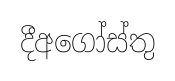
දීඅගෝස්තු